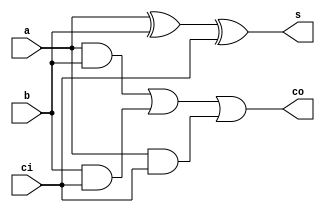
module adder_1bit(a, b, ci, s, co);
	input wire a,b,ci;
	output wire s,co;
	and (c1,a,b), (c2,b,ci), (c3,a,ci);
	xor (s1,a,b), (s,s1,ci);
	or (co,c1,c2,c3);
endmodule